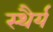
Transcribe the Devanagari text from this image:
स्‍थैर्य